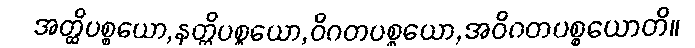
အတ္ထိပစ္စယော,နတ္ထိပစ္စယော,ဝိဂတပစ္စယော,အဝိဂတပစ္စယောတိ။